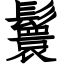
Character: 鬟